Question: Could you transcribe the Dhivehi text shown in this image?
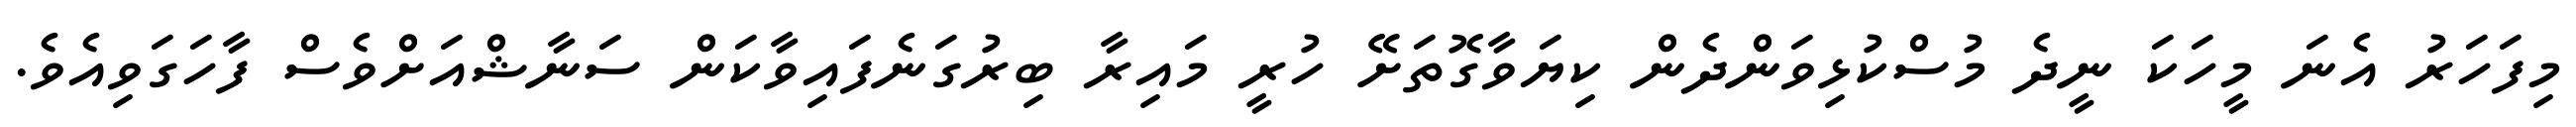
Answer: މިފަހަރު އެނަ މީހަކަ ނީދެ މުސްކުޅިވަންދެން ކިޔަވާގޮތަށޭ ހުރީ މައިރާ ބިރުގަނެފައިވާކަން ސަނާޝްއަށްވެސް ފާހަގަވިއެވެ.